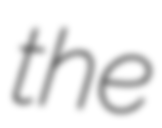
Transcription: the